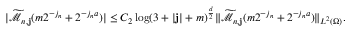
\begin{array} { r } { | \widetilde { \mathcal { M } } _ { n , \mathbf { j } } ( m 2 ^ { - j _ { n } } + 2 ^ { - j _ { n } a } ) | \leq C _ { 2 } \log ( 3 + | \mathbf { j } | + m ) ^ { \frac { d } { 2 } } \| \widetilde { \mathcal { M } } _ { n , \mathbf { j } } ( m 2 ^ { - j _ { n } } + 2 ^ { - j _ { n } a } ) \| _ { L ^ { 2 } ( \Omega ) } . } \end{array}